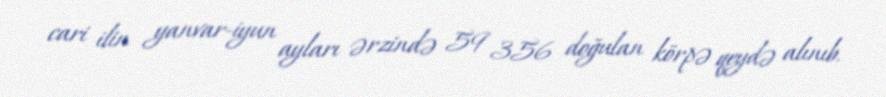
cari ilin yanvar-iyun ayları ərzində 59 356 doğulan körpə qeydə alınıb.